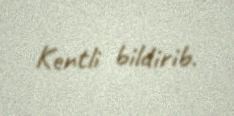
Kentli bildirib.